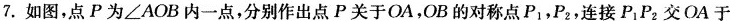
7.如图，点P为\angle AOB内一点，分别作出点P关于OA，OB的对称点P_{1}，P_{2}，连接P_{1}P_{2}交OA于